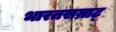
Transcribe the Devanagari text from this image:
भारतसम्राट्